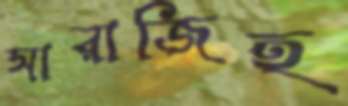
সারাজিহ